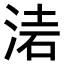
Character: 𣶥